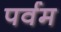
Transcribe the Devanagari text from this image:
पर्वम